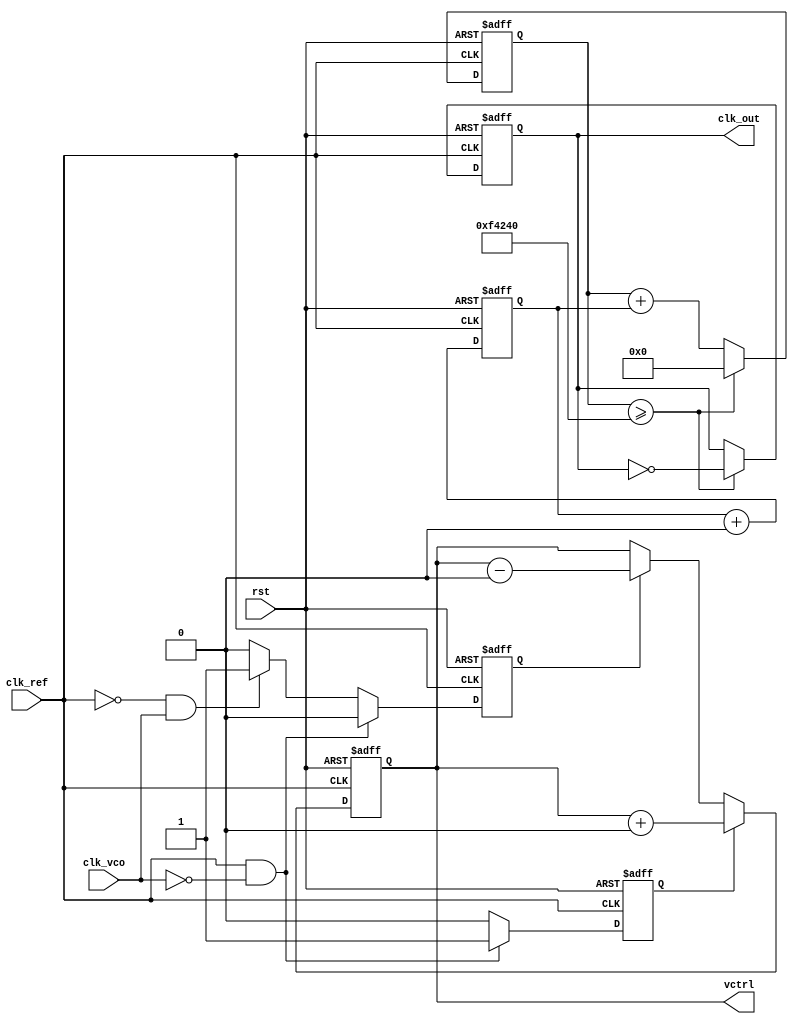
module frac_n_pll (
    input wire clk_ref,           // Reference clock input
    input wire rst,               // Reset signal
    input wire clk_vco,           // VCO clock output
    output reg clk_out,           // Output clock signal
    output reg vctrl              // Control voltage output for VCO
);

// Parameters for the PLL
parameter N = 4;                // Integer divider
parameter M = 3;                // Fractional divider
parameter LOOP_FILTER_GAIN = 8; // Loop filter gain (example)

// Internal signals
reg [3:0] phase_error;          // Phase error signal
reg charge_pump_up;             // Charge pump up signal
reg charge_pump_down;           // Charge pump down signal
reg [15:0] loop_filter;          // Loop filter output
reg [31:0] vco_count;           // VCO count for frequency generation
reg [31:0] divider_count;       // Divider count for feedback

// Phase Frequency Detector (PFD)
always @(posedge clk_ref or posedge rst) begin
    if (rst) begin
        phase_error <= 0;
        charge_pump_up <= 0;
        charge_pump_down <= 0;
    end else begin
        // Simple PFD logic (for illustration)
        if (clk_ref && !clk_vco) begin
            charge_pump_up <= 1;
            charge_pump_down <= 0;
            phase_error <= phase_error + 1;
        end else if (!clk_ref && clk_vco) begin
            charge_pump_up <= 0;
            charge_pump_down <= 1;
            phase_error <= phase_error - 1;
        end else begin
            charge_pump_up <= 0;
            charge_pump_down <= 0;
        end
    end
end

// Charge Pump
always @(posedge clk_ref or posedge rst) begin
    if (rst) begin
        vctrl <= 0;
    end else begin
        if (charge_pump_up) begin
            vctrl <= vctrl + LOOP_FILTER_GAIN;
        end else if (charge_pump_down) begin
            vctrl <= vctrl - LOOP_FILTER_GAIN;
        end
    end
end

// Loop Filter (simple integrator for illustration)
always @(posedge clk_ref or posedge rst) begin
    if (rst) begin
        loop_filter <= 0;
    end else begin
        loop_filter <= loop_filter + (vctrl >> 2); // Simple low-pass filter
    end
end

// Voltage-Controlled Oscillator (VCO)
always @(posedge clk_ref or posedge rst) begin
    if (rst) begin
        vco_count <= 0;
        clk_out <= 0;
    end else begin
        vco_count <= vco_count + loop_filter; // Control frequency with loop filter
        if (vco_count >= 1000000) begin // Example threshold for toggling
            clk_out <= ~clk_out;
            vco_count <= 0;
        end
    end
end

// Frequency Divider
always @(posedge clk_out or posedge rst) begin
    if (rst) begin
        divider_count <= 0;
    end else begin
        divider_count <= divider_count + 1;
        if (divider_count >= N) begin
            divider_count <= 0;
            // Feedback logic can be added here if needed
        end
    end
end

endmodule